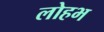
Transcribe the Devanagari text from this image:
लोहभ